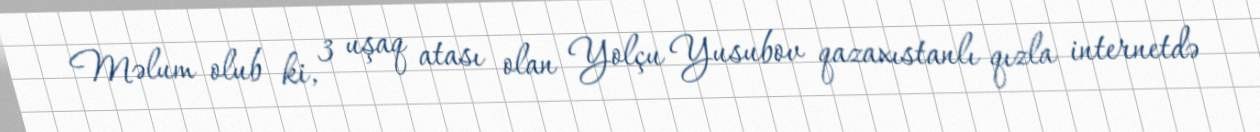
Məlum olub ki, 3 uşaq atası olan Yolçu Yusubov qazaxıstanlı qızla internetdə